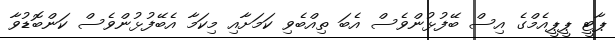
ޕާޓީ ޕީޕީއެމްގެ އިސް ބޭފުޅުންވެސް އެބަ ތިއްބެވި ކަމަށާއި މިކަމާ އެބޭފުޅުންވެސް ކަންބޮޑުވާ